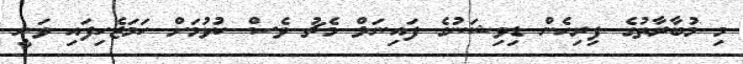
މި މުބާރާތުގެ ފިރިހެން ޑިވިޝަނުގެ ފައިނަލް މެޗު ވެސް ކުޅުމަށް ހަމަޖެހިފައި ވަނީ